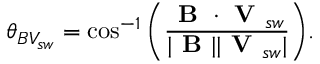
\theta _ { B V _ { s w } } = \cos ^ { - 1 } \bigg ( \frac { \textbf { B } \cdot \textbf { V } _ { s w } } { | \textbf { B } | | \textbf { V } _ { s w } | } \bigg ) .